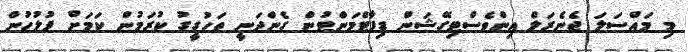
މި މައްސަލަ ޖެނެރަލް އިންވެސްޓިގޭޝަން ޑިޕާޓްމަންޓުން ގެންދަނީ ތަހުގީގު ކުރަމުން ކަމަށް ފުލުހުން